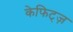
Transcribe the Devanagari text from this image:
केफिट्ज़